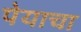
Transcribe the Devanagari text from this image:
पेयाचा